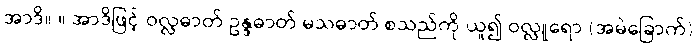
အာဒိ။ ။ အာဒိဖြင့် ဝလ္လဓာတ် ဥန္ဒဓာတ် မသဓာတ် စသည်ကို ယူ၍ ဝလ္လူရော (အမဲခြောက်)